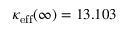
\kappa _ { \mathrm { e f f } } ( \infty ) = 1 3 . 1 0 3